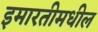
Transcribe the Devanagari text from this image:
इमारतीमधील